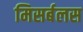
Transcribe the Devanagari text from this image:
मिसर्बलस